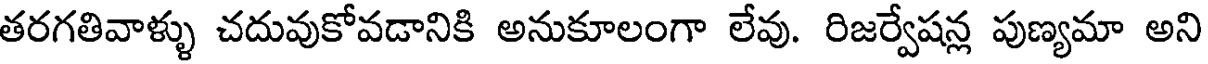
తరగతివాళ్ళు చదువుకోవడానికి అనుకూలంగా లేవు. రిజర్వేషన్ల పుణ్యమా అని